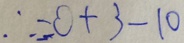
\therefore = 0 + 3 - 1 0